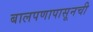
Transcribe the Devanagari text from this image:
बालपणापासूनची